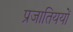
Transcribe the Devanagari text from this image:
प्रजातिययों